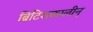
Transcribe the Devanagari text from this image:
ब्रिटिशकालीन्